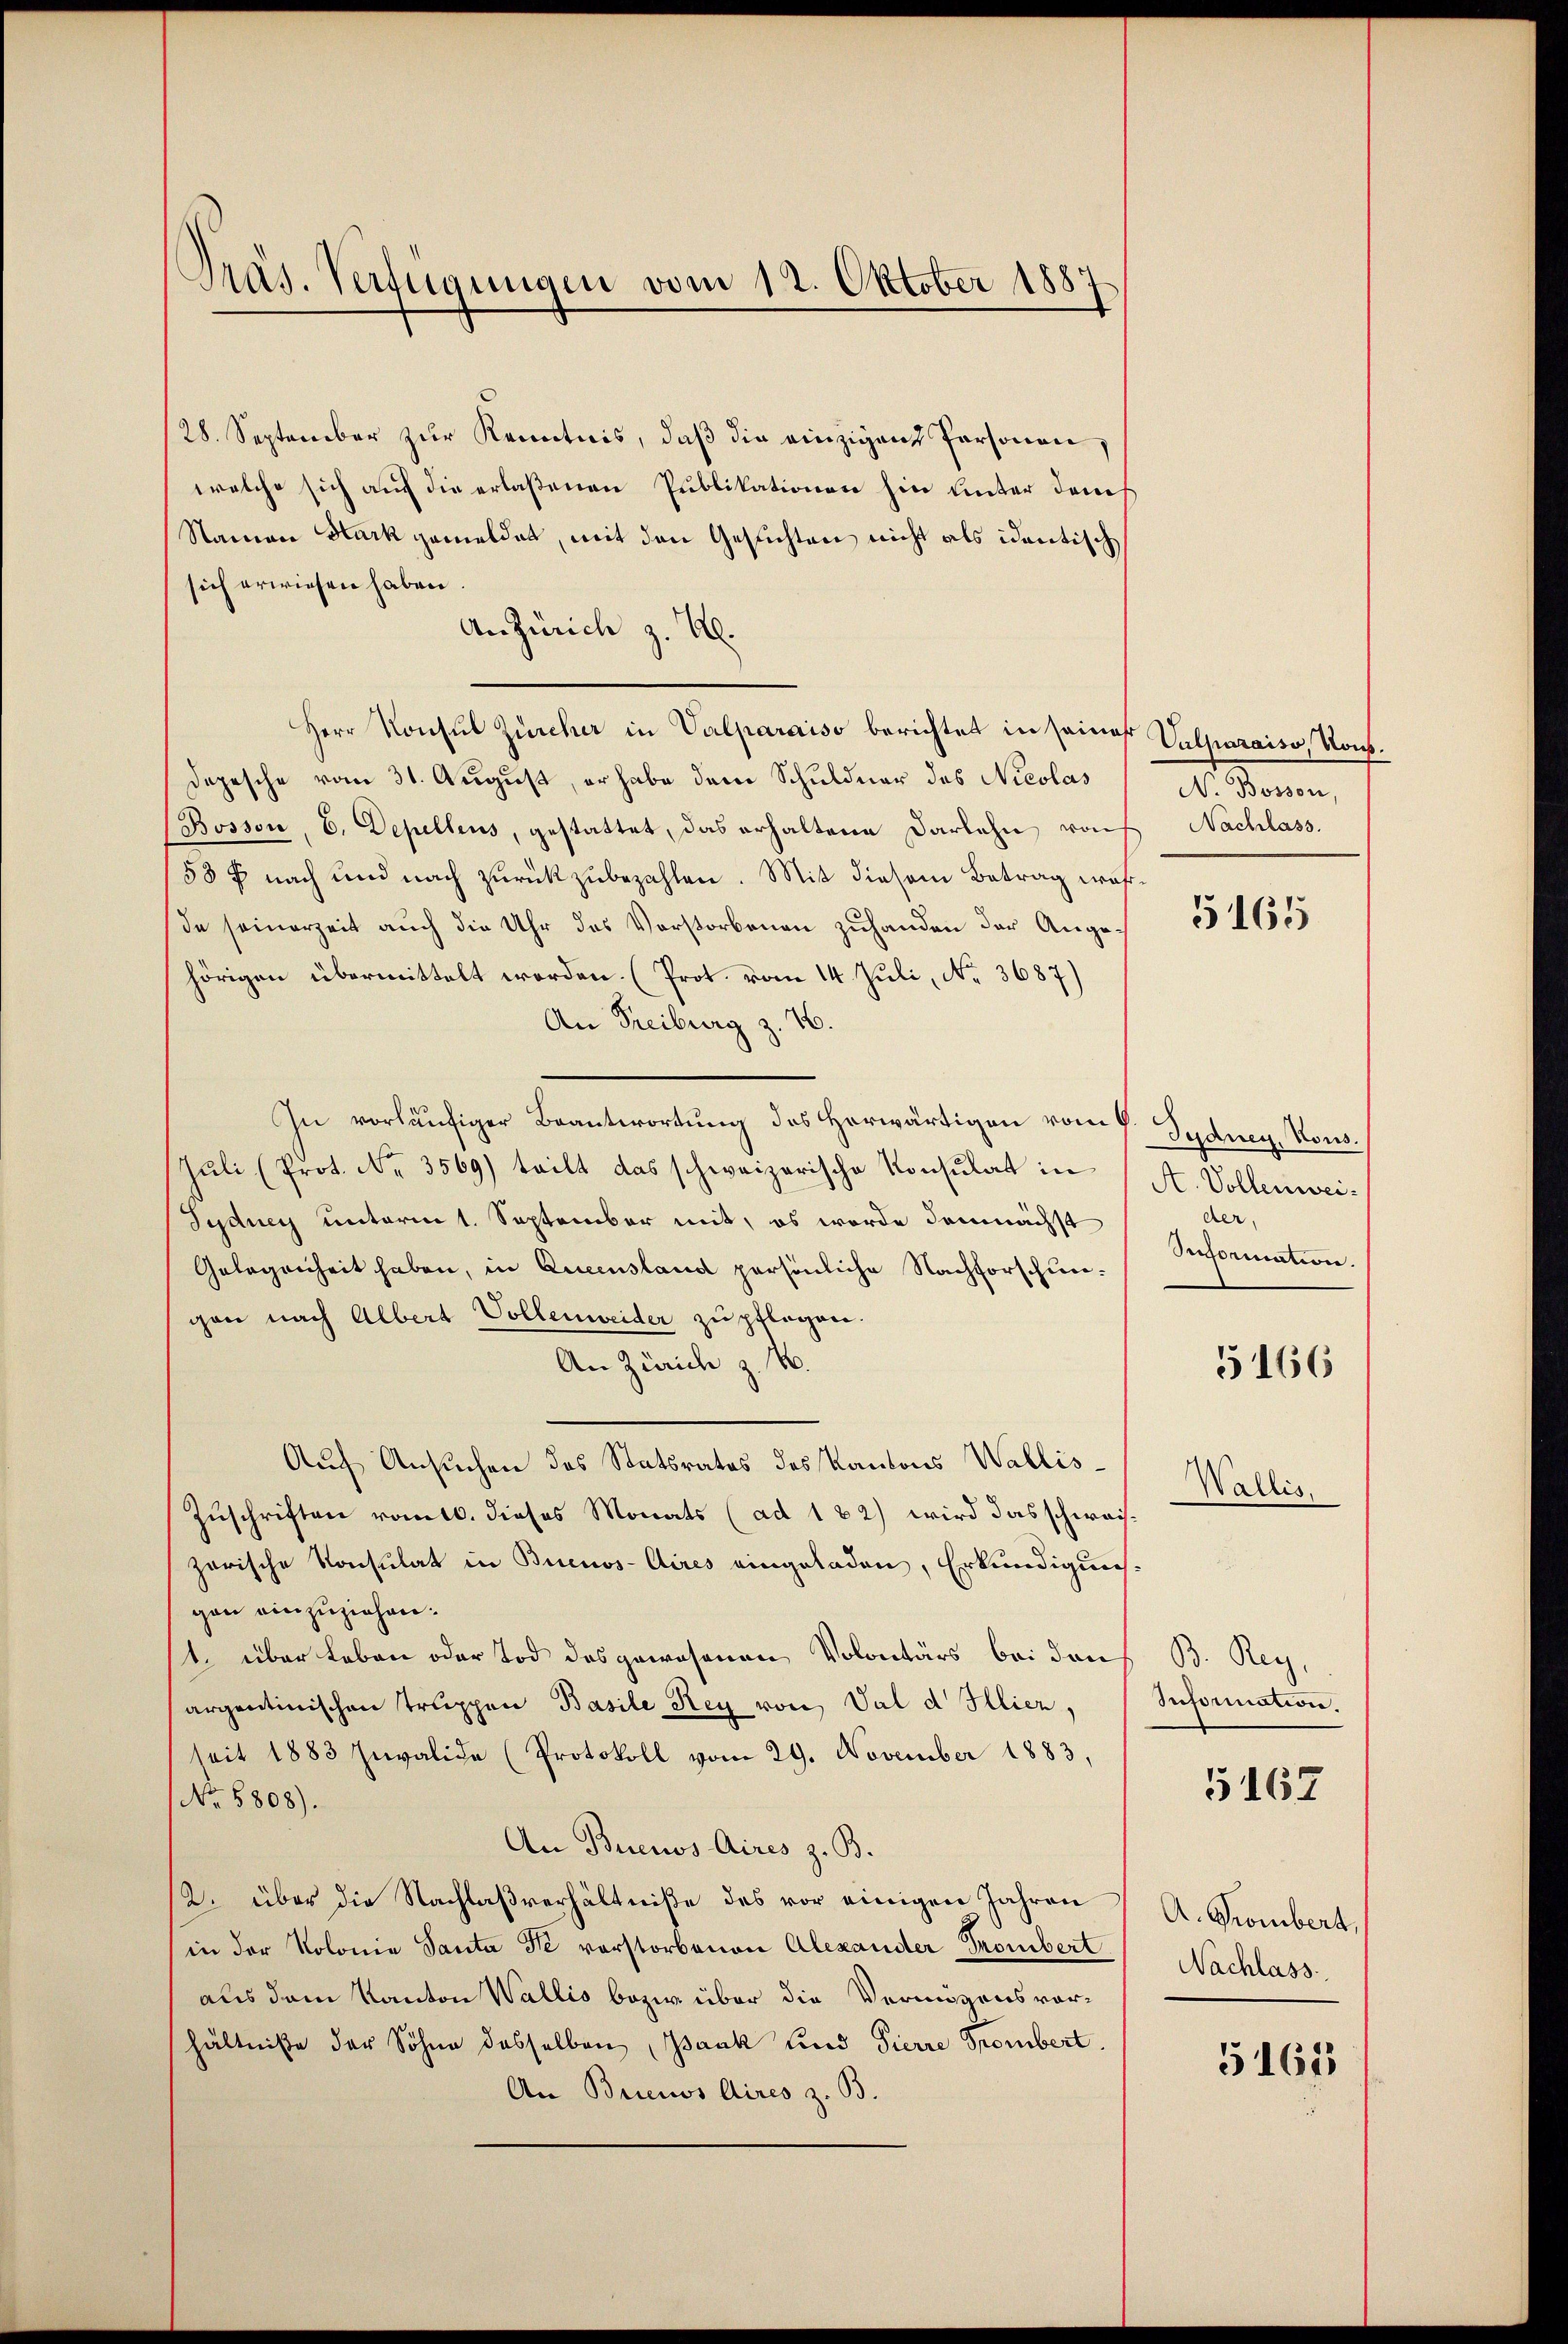
Präs. Verfügungen vom 12. Oktober 1887

28. September zur Kenntnis, daß die einzigen Personen,
welche sich auf die erlaßenen Publikationen hin unter dans
Namen Mark gemeldet, mit den Gesuchten nicht als identische
sich erwiesen haben.
An Zürich z. B.
Herr Konsul Zürcher in Valparaiso berichtet in seines Valparaiso, Nons¬
Dopesche vom 31. August, er habe dem Schuldner des Nicolas
Bosson, 6. Depellens, gestattet, das erhaltene Darlehn rauf Nachlass.
58 f nach und nach zurückzubezahlen. Mit diesem Betrag wahrde seinerzeit auch die Uhr des Vorstorbenen zuhanden der Angehörigen übermittelt worden. (Prot. vom 14. Juli, No. 3687)
An Freiburg z. 7.
In vorläufiger Beantwortung des Horwärtigen vom 4. Sydncy, Kons.
Juli (Prot. No. 3569) teilt das schweizerische Konsulat in
Sydney unterm 1. September mit, es werde demnächst
Gelegenheit haben, in Queenstand persönliche Nachforschungen nach Albert Vollenweider zu pflegen.
An Zürich z. B.
Auf Ansuchen des Statsrates des Kantons Wallis¬
Zuschriften romtl. dieses Monats (ad 182) wird das schwaizerische Konsulat in Buenos-Aires eingeladen, Erkundigung
gen einzuziehen.
1 über Leben oder Tod des gewesenen Volontärs bei den
argentinischen Truppen Basile Rey von Val d Illier,
seit 1883 Invalide (Protokoll vom 29. November 1883,
No 5808).
An Buenos Aires z. B.
2. über die Nachlaßverhältniße des vor einigen Jahren
in der Kolonie Santa de vorstorbenen Alexander-Trombert
aus dem Kanton Wallis bezw. über die Vermögensvorhältniße der Söhne desselben, Bank und Pierre Trombert.
An Brienos Aires z. B.

. Sommen

5165

A. Vollenweider.
Oeformation.
5166

Wallis.

B. Reg.
Information

5167

A. Grombert,
Nachlass

5161